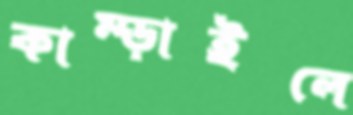
কাম্‌ড়াইলে